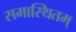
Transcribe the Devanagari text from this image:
समास्थितम्